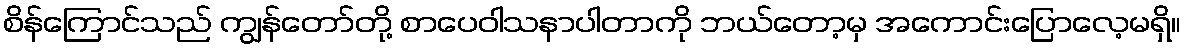
စိန်ကြောင်သည် ကျွန်တော်တို့ စာပေဝါသနာပါတာကို ဘယ်တော့မှ အကောင်းပြောလေ့မရှိ။